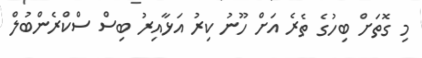
މި ގޮތަށް ބިހުގެ ތެރެ އަށް ހޫނު ކިރު އަޅާއިރު ބިސް ސްކްރެންބުލް